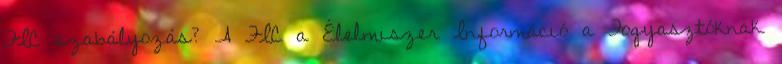
FIC szabályozás? A FIC a Élelmiszer Információ a Fogyasztóknak